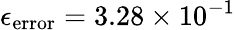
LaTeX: \epsilon_{\mathrm{error}}=3.28\times 10^{-1}